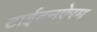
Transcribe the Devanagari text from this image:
टाईटनऐरम